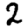
Digit: 2